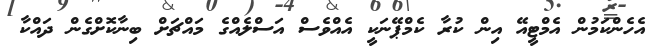
އެހެންކަމުން އެމްޓީއޭ އިން ކުރާ ކެމްޕޭނަކީ އެއްވެސް އަސްލެއްގެ މައްޗަށް ބިނާކޮށްގެން ދައްކާ